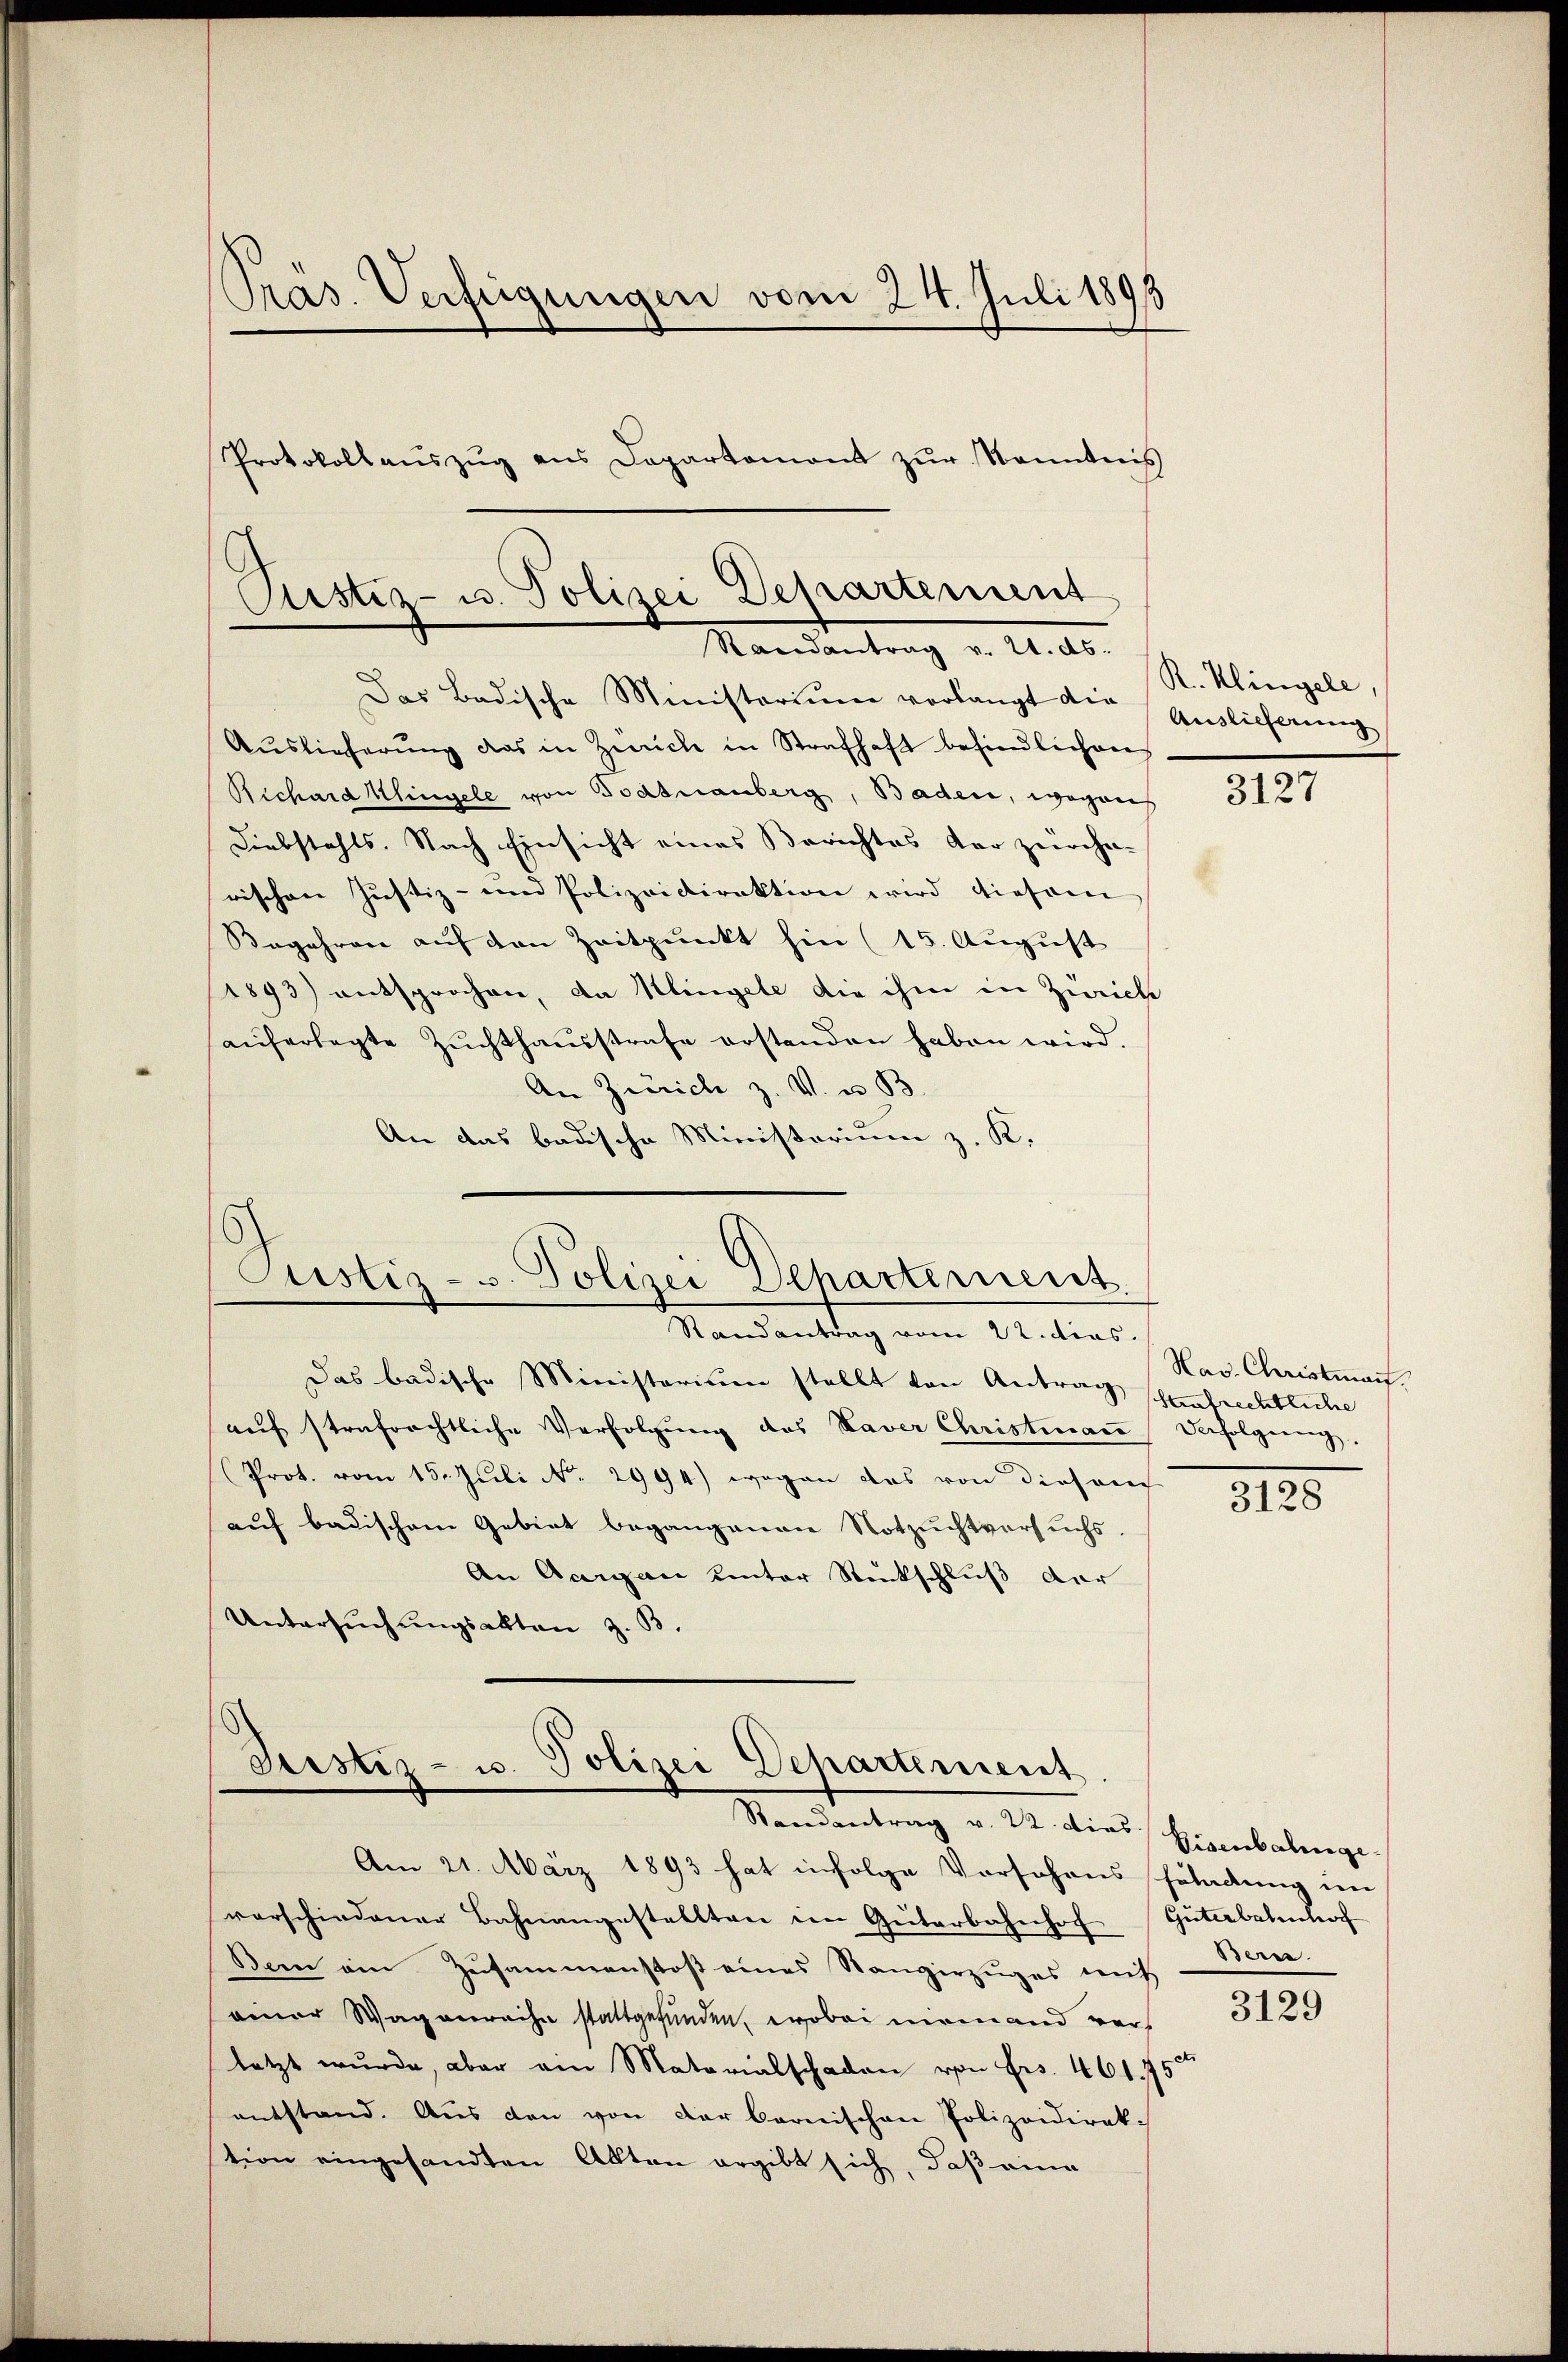
Das Badische Ministerium verlangt die Auslieferung
Auslieferŭng das in Zürich in Strafhaft befindlichen
Richard Klingele von Todtnauberg, Baden, wegens
Diebstahls. Nach Einsicht eines Berichtes der zürche-
rischen Justiz- und Polizeidirektion wird diesem
Begehren auf den Zeitpunkt hin (15. August
(1893) entsprochen, da Klingele die ihm in Zürich
aŭferlegte Zŭchthaŭsstrafe erstanden haben wird.
An Zürich z. V. u. 33.
An das badische Ministorium z. K.

Präs. Verfügungen vom 24. Juli 1891
Protokollaŭszŭg ans Departamont zŭr Kenntnis

Ristiz- u. Polizei Departement
Mandentrag u. Unte

Justiz- u. Polizei Departement.
Randantrag vom 22. dies.

Sistiz- u. Polizei Departement.
Randantrag v. 22. dies Eisenbahnge

Das badische Ministerium stellt von Antrag saufrechtliche
aŭf strafrechtliche Verfolgŭng des Xaver Christmaṅ Verfolgŭng,
Prot. vom 15. Juli No 2994) wegen das von diesem
auf badischem Gebiet begangenen Notzuchtversuchs.
An Aargau unter Rückschluß der
Untersuchungsakten z. B.

Am 21. März 1893 hat infolge Vorschens Feldung ne
verschiedener Bahnangestellten im Güterbahnhof Güterbetenhoch
Bern ein Zusammenstoß eines Stangerzŭges mit
einer Wagenreihe stattgefunden, wobei niemand verletzt wurde, aber ain Materialschaden von Frs. 461. 75
entstand. Aus den von der bernischen Polizeidirek-
tion eingesandten Akten ergibt sich, daß eine

R. Klingele,

3127

Hav. Christman

3128

Bern.

3129